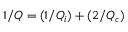
1 / Q = ( 1 / Q _ { i } ) + ( 2 / Q _ { c } )